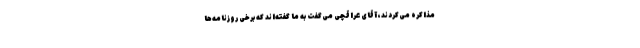
مذاکره می‌کردند، آقای عراقچی می‌گفت به ما گفته‌اند که برخی روزنامه‌ها